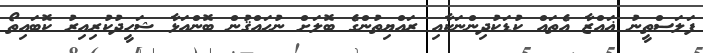
ފަލަސްތީނު ޣަައްޒާ އެތަައް ކުޑަކުދިންނަކާއި ރައްޔިތުންގެ ބޮލަށް ނުޙައްޤުން ބޮންއަޅާ ޝަހީދުކުރިއިރު ކޮބައިތޯ